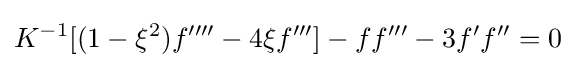
K^{-1}[(1-\xi ^{2})f''''-4\xi f''']-ff'''-3f'f''=0